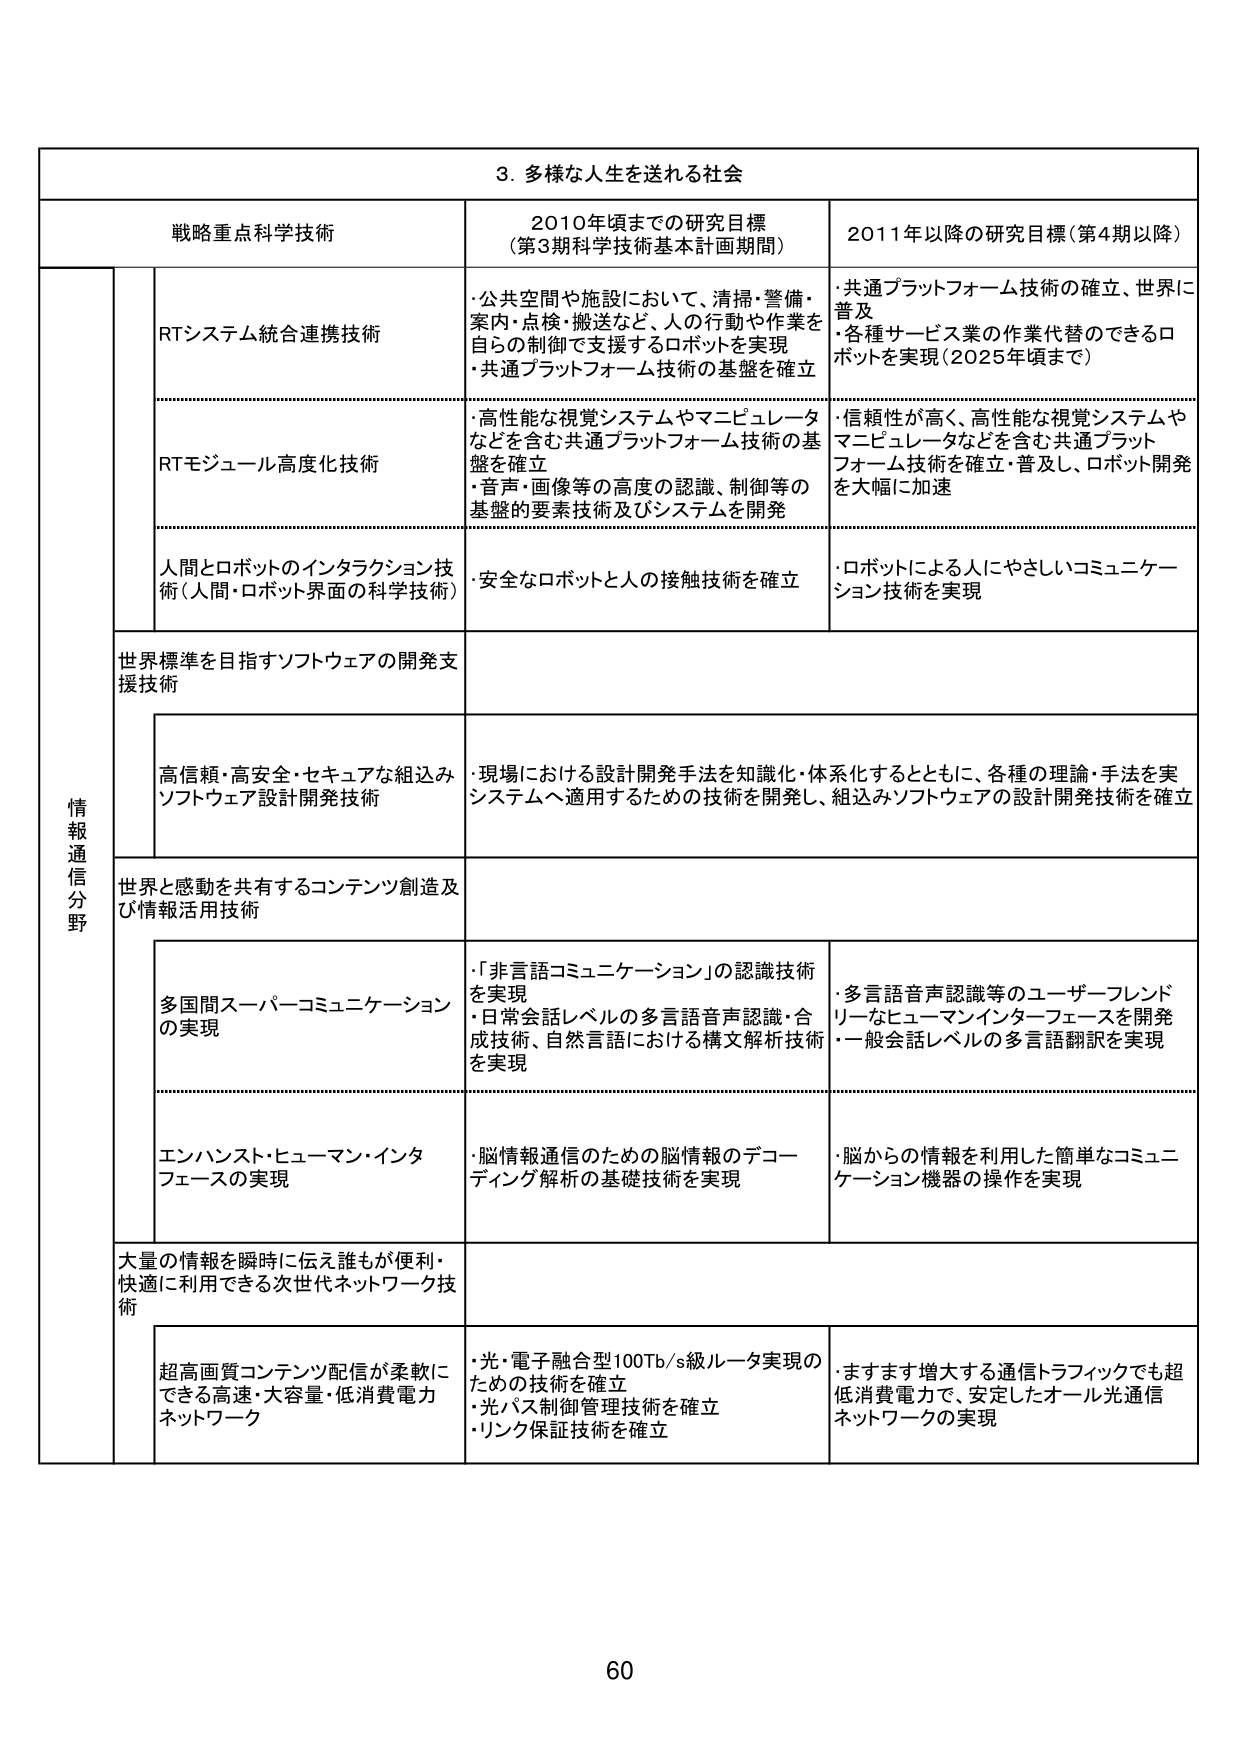
3. 多様な人生を送れる社会

戦略重点科学技術 2010年頃までの研究目標 （第3期科学技術基本計画期間） 2011年以降の研究目標（第4期以降）

情報通信分野

RTシステム統合連携技術
・公共空間や施設において、清掃・警備・案内・点検・搬送など、人の行動や作業を自らの制御で支援するロボットを実現
・共通プラットフォーム技術の基盤を確立

・共通プラットフォーム技術の確立、世界に普及
・各種サービス業の作業代替のできるロボットを実現（2025年頃まで）

RTモジュール高度化技術
・高性能な視覚システムやマニピュレータなどを含む共通プラットフォーム技術の基盤を確立
・音声・画像等の高度の認識、制御等の基盤的要素技術及びシステムを開発

・信頼性が高く、高性能な視覚システムやマニピュレータなどを含む共通プラットフォーム技術を確立・普及し、ロボット開発を大幅に加速

人間とロボットのインタラクション技術（人間・ロボット界面の科学技術）
・安全なロボットと人の接触技術を確立

・ロボットによる人にやさしいコミュニケーション技術を実現

世界標準を目指すソフトウェアの開発支援技術

高信頼・高安全・セキュアな組込みソフトウェア設計開発技術
・現場における設計開発手法を知識化・体系化するとともに、各種の理論・手法を実システムへ適用するための技術を開発し、組込みソフトウェアの設計開発技術を確立

世界と感動を共有するコンテンツ創造及び情報活用技術

多国間スーパーコミュニケーションの実現
・「非言語コミュニケーション」の認識技術を実現
・日常会話レベルの多言語音声認識・合成技術、自然言語における構文解析技術を実現

・多言語音声認識等のユーザーフレンドリーなヒューマンインターフェースを開発
・一般会話レベルの多言語翻訳を実現

エンハンスト・ヒューマン・インターフェースの実現
・脳情報通信のための脳情報のデコーディング解析の基礎技術を実現

・脳からの情報を利用した簡単なコミュニケーション機器の操作を実現

大量の情報を瞬時に伝え誰もが便利・快適に利用できる次世代ネットワーク技術

超高画質コンテンツ配信が柔軟にできる高速・大容量・低消費電力ネットワーク
・光・電子融合型100Tb/s級ルータ実現のための技術を確立
・光パス制御管理技術を確立
・リンク保証技術を確立

・ますます増大する通信トラフィックでも超低消費電力で、安定したオール光通信ネットワークの実現

60